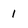
Character: 1